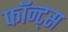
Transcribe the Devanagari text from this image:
फॉन्ट्स